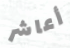
أعاشر